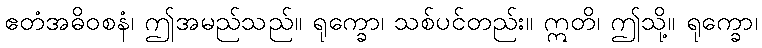
ဧတံအဓိဝစနံ၊ ဤအမည်သည်။ ရုက္ခော၊ သစ်ပင်တည်း။ ဣတိ၊ ဤသို့။ ရုက္ခော၊